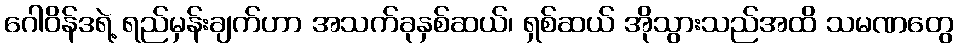
ဂေါဝိန်ဒရဲ့ ရည်မှန်းချက်ဟာ အသက်ခုနှစ်ဆယ်၊ ရှစ်ဆယ် အိုသွားသည်အထိ သမဏတွေ